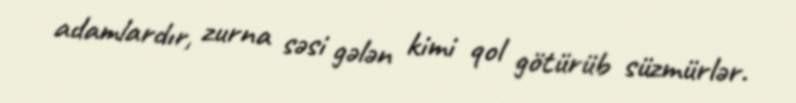
adamlardır, zurna səsi gələn kimi qol götürüb süzmürlər.